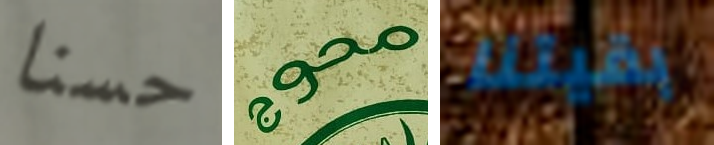
حسنا محوج بقيتنا